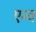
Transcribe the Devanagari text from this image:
एन्व